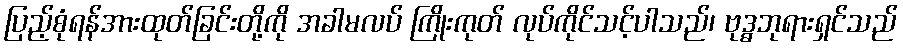
ပြည့်စုံရန်အားထုတ်ခြင်းတို့ကို အခါမလပ် ကြိုးကုတ် လုပ်ကိုင်သင့်ပါသည်၊ ဗုဒ္ဓဘုရားရှင်သည်